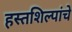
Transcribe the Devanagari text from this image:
हस्तशिल्पांचे